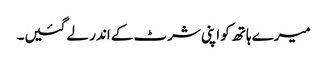
میرے ہاتھ کو اپنی شرٹ کے اندر لے گئیں۔